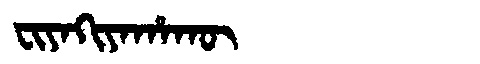
Manchu: ᠸᡳᠶᠠᡴᡳᠶᠠᡥᠠᡴᡡ
Romanization: FIYAKIYAHAKŪ